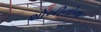
શોખીનોના